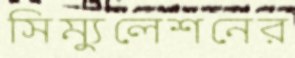
সিম্যুলেশনের